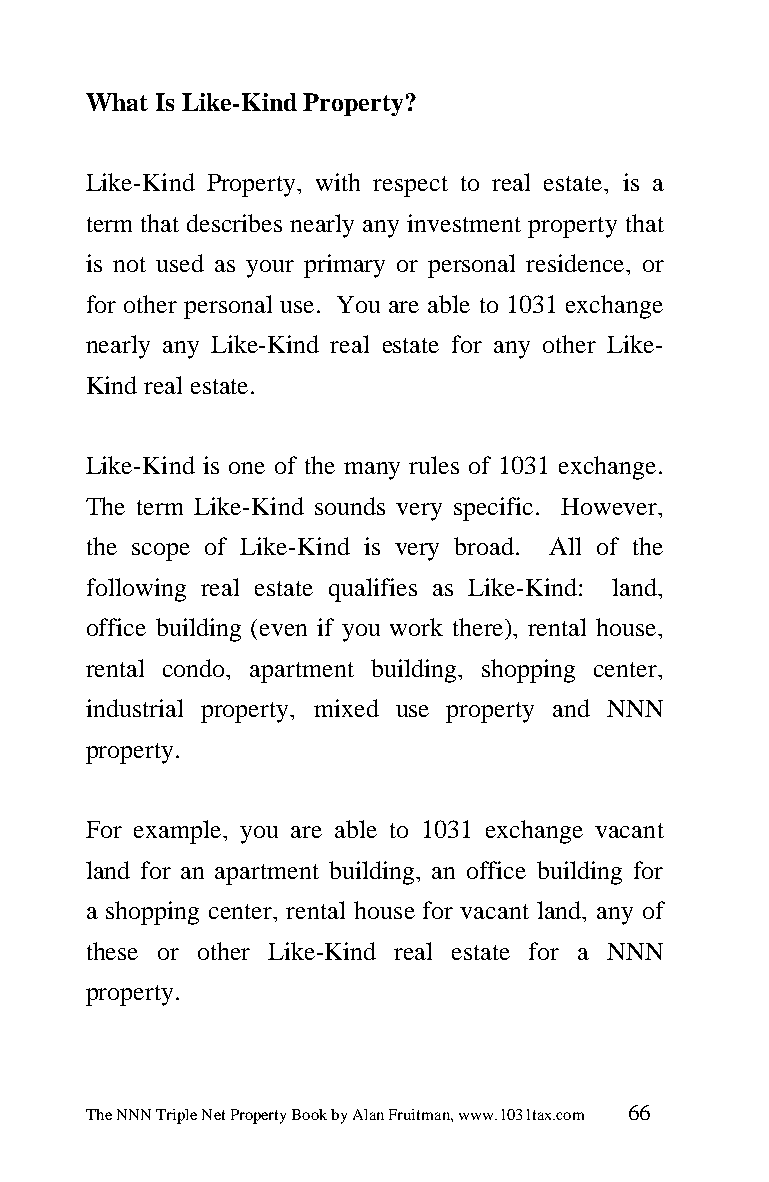
What Is Like-Kind Property?
 Like-Kind Property, with respect to real estate, is a
 term that describes nearly any investment property that
 is not used as your primary or personal residence, or
 for other personal use. You are able to 1031 exchange
 nearly any Like-Kind real estate for any other Like-
 Kind real estate.
 Like-Kind is one of the many rules of 1031 exchange.
 The term Like-Kind sounds very specific. However,
 the scope of Like-Kind is very broad. All of the
 following real estate qualifies as Like-Kind: land,
 office building (even if you work there), rental house,
 rental condo, apartment building, shopping center,
 industrial property, mixed use property and NNN
 property.
 For example, you are able to 1031 exchange vacant
 land for an apartment building, an office building for
 a shopping center, rental house for vacant land, any of
 these or other Like-Kind real estate for a NNN
 property.
 The NNN Triple Net Property Book by Alan Fruitman, www.1031tax.com 66